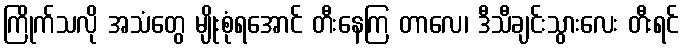
ကြိုက်သလို အသံတွေ မျိုးစုံရအောင် တီးနေကြ တာလေ၊ ဒီသီချင်းသွားလေး တီးရင်